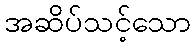
အဆိပ်သင့်သော